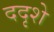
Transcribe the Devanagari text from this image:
ददृशे